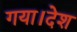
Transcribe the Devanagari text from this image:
गया।देश